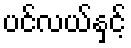
ပင်လယ်နှင့်